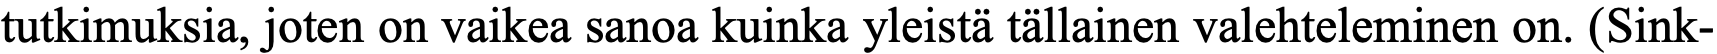
tutkimuksia, joten on vaikea sanoa kuinka yleistä tällainen valehteleminen on. (Sink-